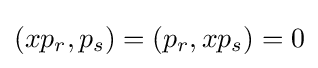
(xp_{r},p_{s})=(p_{r},xp_{s})=0